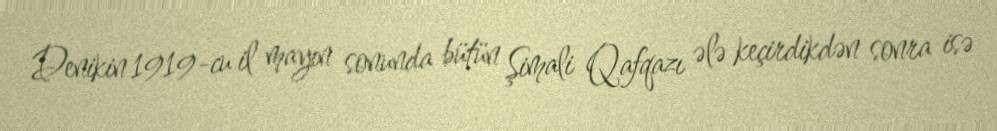
Denikin 1919-cu il mayın sonunda bütün Şimali Qafqazı ələ keçirdikdən sonra isə